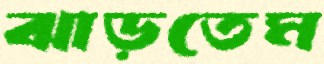
ঝাড়তেম